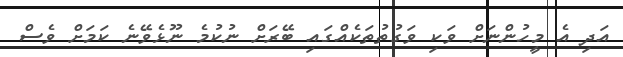
އަދި އެ މީހުންނަށް ވަކި ވަގުތުތަކެއްގައި ބޭރަށް ނުކުމެ ނޫޅެވޭނެ ކަމަށް ވެސް